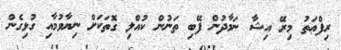
ރިފްޢަތު މިރޭ އިޝާ ނަމާދުން ފޭބި ތަނުން ކުއްލި ގޮތަކަށް ނިޔާވުމާއި ގުޅިގެން